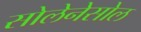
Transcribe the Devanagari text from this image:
सोलेनेसोल